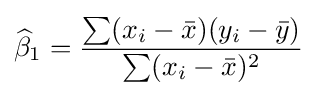
{\widehat {\beta }}_{1}={\frac {\sum (x_{i}-{\bar {x}})(y_{i}-{\bar {y}})}{\sum (x_{i}-{\bar {x}})^{2}}}